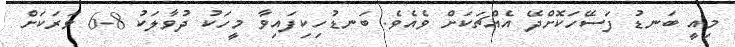
މިއީ ބަނޑު ފަސޭހަކޮށްދޭ އެއްޗަކަށް ވެއެވެ. ބަނޑުހިކިފައިވާ މީހަކު ދުވާލަކު 8-6 ވަރަކަށް